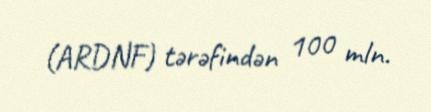
(ARDNF) tərəfindən 100 mln.